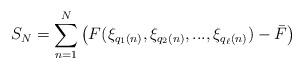
LaTeX: \begin{align*}S_N=\sum_{n=1}^{N}\big(F(\xi_{q_1(n)},\xi_{q_2(n)},...,\xi_{q_\ell(n)})-\bar F\big)\end{align*}